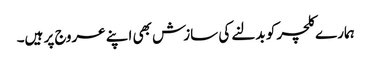
ہمارے کلچر کو بدلنے کی سازش بھی اپنے عروج پر ہیں۔